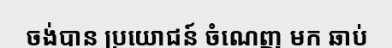
ចង់បាន ប្រយោជន៍ ចំណេញ មក ឆាប់